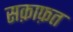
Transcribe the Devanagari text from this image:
सक़ाफ़त